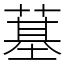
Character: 𦸀